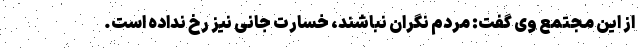
از این مجتمع وی گفت: مردم نگران نباشند، خسارت جانی نیز رخ نداده است.